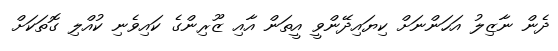
ދެން ނާޒިލު އަހަންނަށް ކިޔައިދޭންވީ އީތަން އާއި ޒޫރިންގެ ކައިވެނި ކުއްލި ގޮތަކަށް